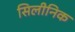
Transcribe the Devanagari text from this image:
सिलीनिक